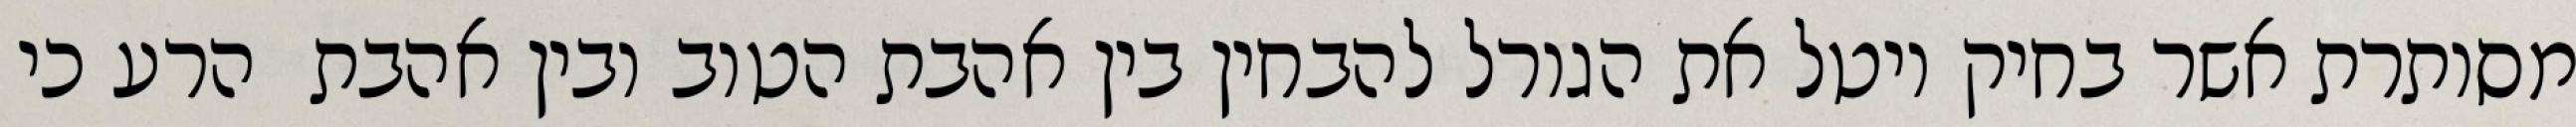
מסותרת אשר בחיק יוטל את הגורל להבחין בין אהבת הטוב ובין אהבת  הרע כי